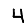
Digit: 4